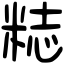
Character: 𥺃